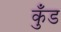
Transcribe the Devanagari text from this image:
कुँड